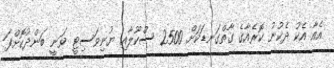
އެއާ އެކު ދެކުނު ކޮރެއާގެ ގާތްގަނޑަކަށް 2500 ސްކޫލާއި ޔުނިވަސިޓީ ވަނީ ބަންދުކޮށްފަ